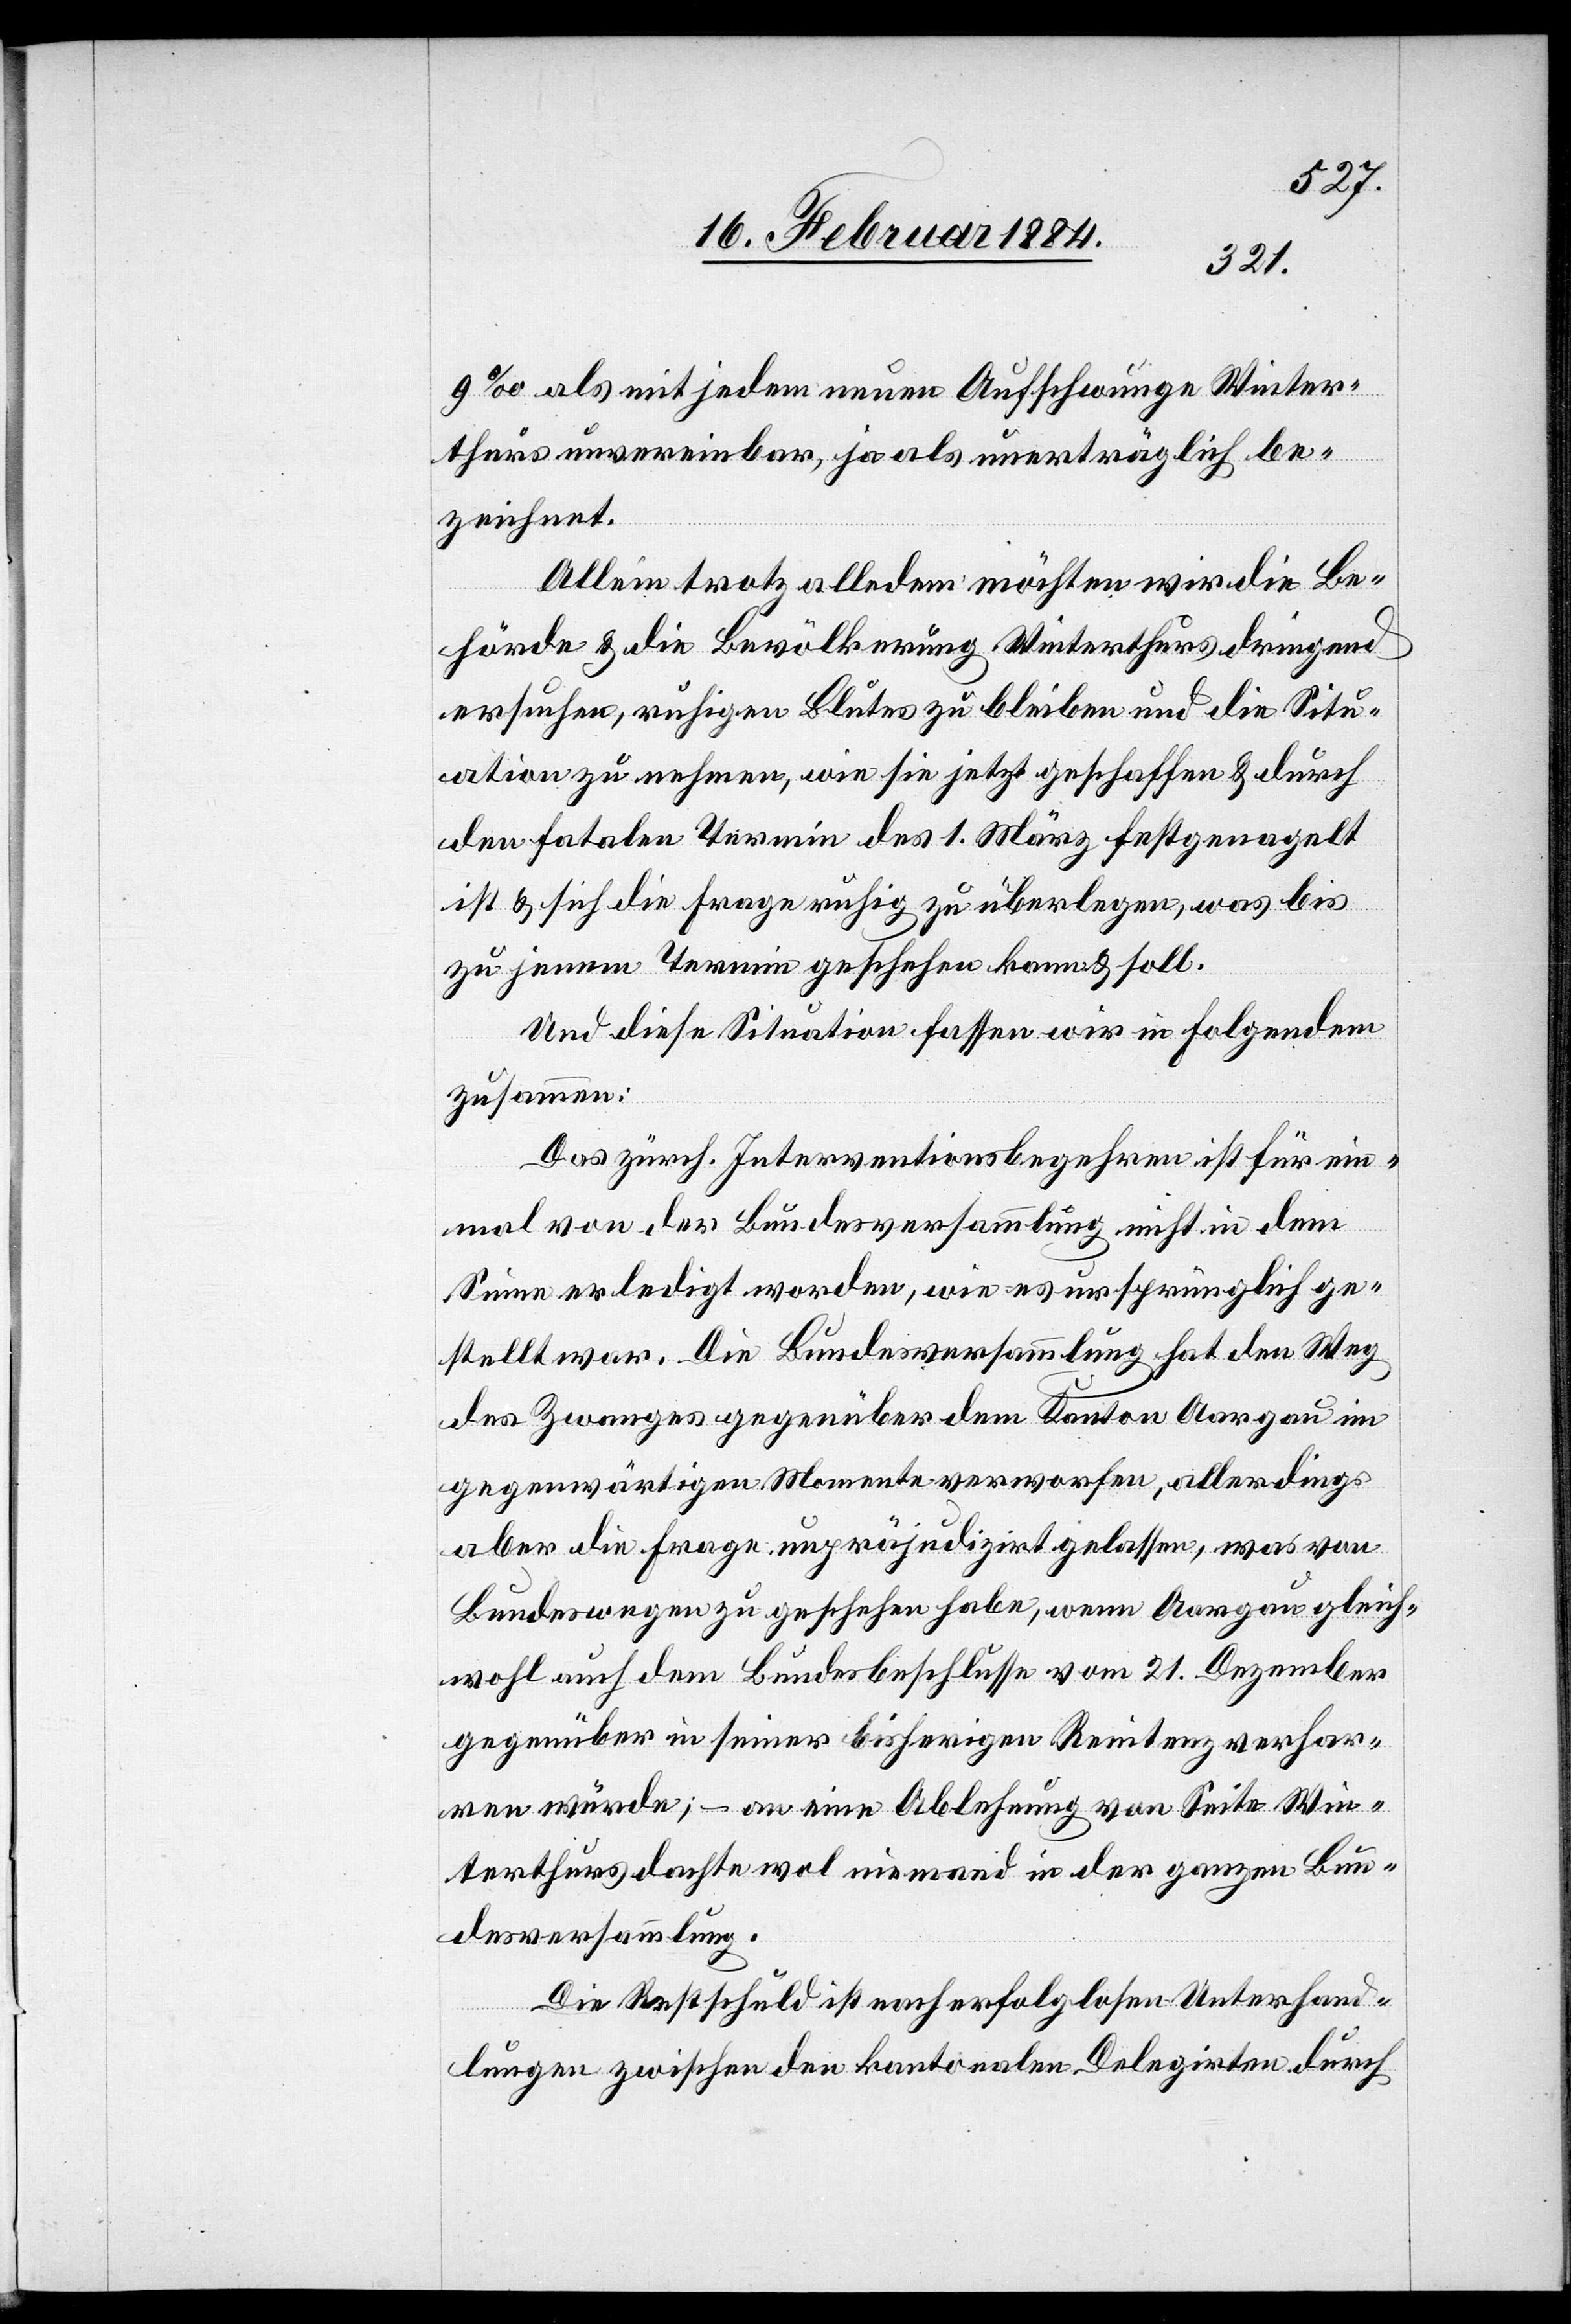
9‰ als mit jedem neuen Aufschwingen Winter¬
thurs unvereinbar, ja als unerträglich be¬
zeichnet.
Allein trotz alledem möchten wir die Be¬
hörde & die Bevölkerung Winterthurs dringend
ersuchen, ruhigen Blutes zu bleiben und die Situ¬
ation zu nehmen, wie sie jetzt geschaffen & durch
den fatalen Termin des 1. März festgenagelt
ist & sich die Frage ruhig zu überlegen, was bis
zu jenem Termin geschehen kann & soll.
Und diese Situation fassen wir in folgendem
zusammen:
Das zürch. Interventionsbegehren ist für ein¬
mal von der Bundesversammlung nicht in dem
Sinne erledigt worden, wie es ursprünglich ge¬
stellt war. Die Bundesversammlung hat den Weg
des Zwanges gegenüber dem Kanton Aargau im
gegenwärtigen Momente verworfen, allerdings
aber die Frage unpräjudizirt gelassen, was von
Bundeswegen zu geschehen habe, wenn Aargau gleich¬
wohl auch dem Bundesbeschlusse vom 21. Dezember
gegenüber in seiner bisherigen Renitenz verhar¬
ren würde; – an eine Ablehnung von Seite Win¬
terthurs dachte wol niemand in der ganzen Bun¬
desversammlung.
Die Restschuld ist nach erfolglosen Unterhand¬
lungen zwischen den kantonalen Delegirten durch